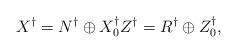
LaTeX: \begin{align*}X^\dagger = N^\dagger \oplus X_0^\dagger Z^\dagger = R^\dagger \oplus Z_0^\dagger,\end{align*}